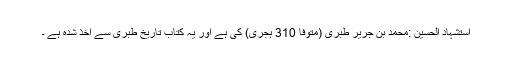
استشہاد الحسین :محمد بن جریر طبری (متوفا 310 ہجری) کی ہے اور یہ کتاب تاریخ طبری سے اخذ شدہ ہے ۔